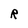
Character: R